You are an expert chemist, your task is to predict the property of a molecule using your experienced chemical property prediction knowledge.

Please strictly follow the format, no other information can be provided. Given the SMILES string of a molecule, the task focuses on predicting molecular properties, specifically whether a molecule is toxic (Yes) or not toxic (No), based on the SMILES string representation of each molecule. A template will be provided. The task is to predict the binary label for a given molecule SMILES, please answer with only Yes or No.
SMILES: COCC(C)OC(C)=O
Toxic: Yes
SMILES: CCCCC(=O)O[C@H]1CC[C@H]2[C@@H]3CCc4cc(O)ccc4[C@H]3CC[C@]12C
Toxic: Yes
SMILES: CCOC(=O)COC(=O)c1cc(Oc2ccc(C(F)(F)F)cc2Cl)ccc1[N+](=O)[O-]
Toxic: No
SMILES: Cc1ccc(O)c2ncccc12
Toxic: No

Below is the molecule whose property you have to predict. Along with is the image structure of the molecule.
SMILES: CC(C)(c1cc(Br)c(OCC(Br)CBr)c(Br)c1)c1cc(Br)c(OCC(Br)CBr)c(Br)c1
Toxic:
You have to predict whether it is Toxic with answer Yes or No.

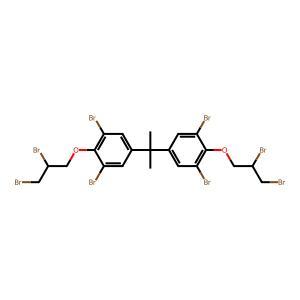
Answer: No